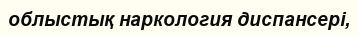
облыстық наркология диспансері,